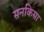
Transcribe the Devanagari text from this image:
सनकिसा